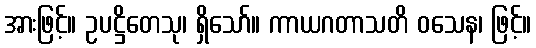
အားဖြင့်။ ဥပဋ္ဌိတေသု၊ ရှိသော်။ ကာယဂတာသတိ ဝသေန၊ ဖြင့်။